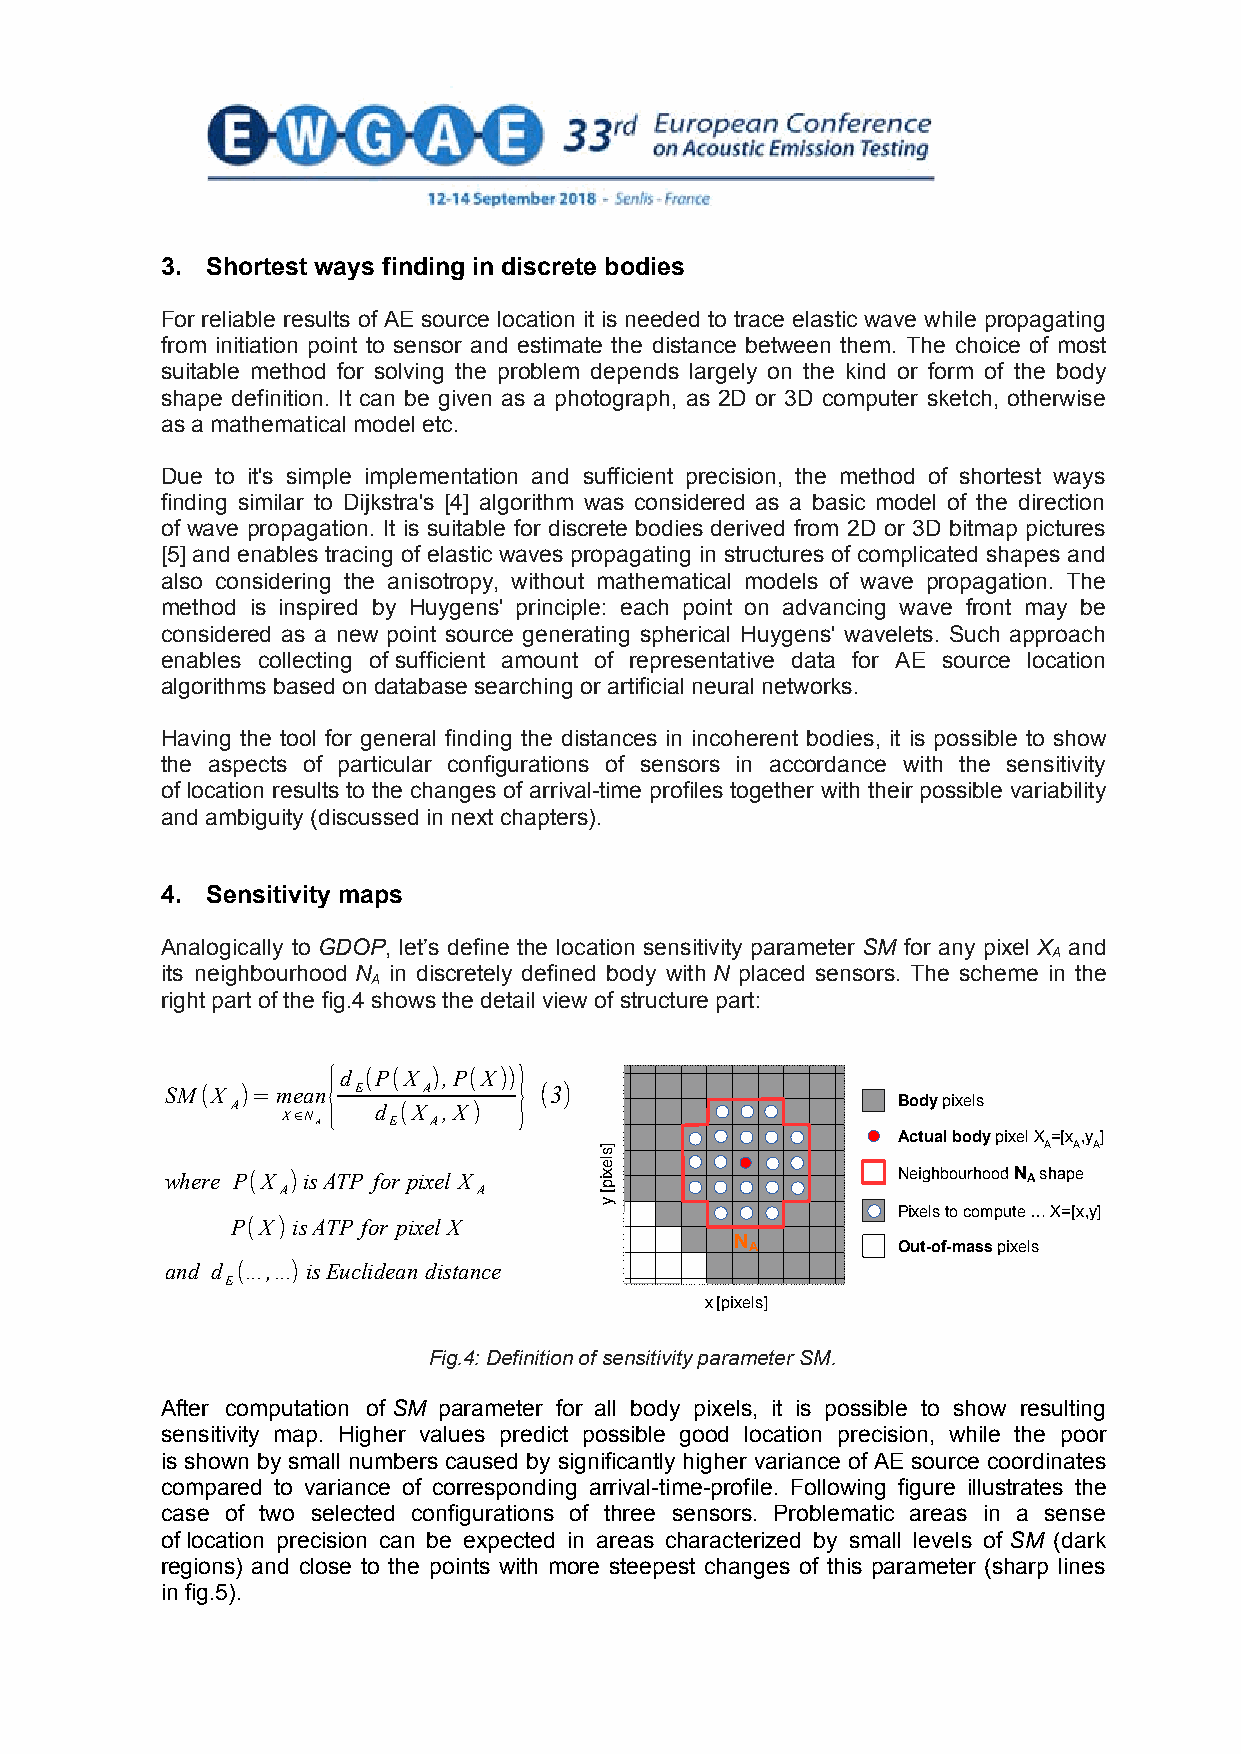
3. Shortest ways finding in discrete bodies
 For reliable results of AE source location it is needed to trace elastic wave while propagating
 from initiation point to sensor and estimate the distance between them. The choice of most
 suitable method for solving the problem depends largely on the kind or form of the body
 shape definition. It can be given as a photograph, as 2D or 3D computer sketch, otherwise
 as a mathematical model etc.
 Due to it's simple implementation and sufficient precision, the method of shortest ways
 finding similar to Dijkstra's [4] algorithm was considered as a basic model of the direction
 of wave propagation. It is suitable for discrete bodies derived from 2D or 3D bitmap pictures
 [5] and enables tracing of elastic waves propagating in structures of complicated shapes and
 also considering the anisotropy, without mathematical models of wave propagation. The
 method is inspired by Huygens' principle: each point on advancing wave front may be
 considered as a new point source generating spherical Huygens' wavelets. Such approach
 enables collecting of sufficient amount of representative data for AE source location
 algorithms based on database searching or artificial neural networks.
 Having the tool for general finding the distances in incoherent bodies, it is possible to show
 the aspects of particular configurations of sensors in accordance with the sensitivity
 of location results to the changes of arrival-time profiles together with their possible variability
 and ambiguity (discussed in next chapters).
 4. Sensitivity maps
 Analogically to GDOP, let’s define the location sensitivity parameter SM for any pixel X and
 A
 its neighbourhood N in discretely defined body with N placed sensors. The scheme in the
 A
 right part of the fig.4 shows the detail view of structure part:
 {d (P(X ),P(X))}
 SM(X )=mean E    A       (3)
 A         d (X ,X)                          Body pixels
 X∈N A  E A
 Actual body pixel X =[x ,y ]
 A A A
 where P(X )isATP for pixel X                    Neighbourhood N A shape
 A            A
 Pixels to compute … X=[x,y]
 P(X) isATP for pixelX
 N
 A        Out-of-mass pixels
 and d (...,...) isEuclidean distance
 E
 x [pixels]
 Fig.4: Definition of sensitivity parameter SM.
 After computation of SM parameter for all body pixels, it is possible to show resulting
 sensitivity map. Higher values predict possible good location precision, while the poor
 is shown by small numbers caused by significantly higher variance of AE source coordinates
 compared to variance of corresponding arrival-time-profile. Following figure illustrates the
 case of two selected configurations of three sensors. Problematic areas in a sense
 of location precision can be expected in areas characterized by small levels of SM (dark
 regions) and close to the points with more steepest changes of this parameter (sharp lines
 in fig.5).
 4
 ]slexip[
 y